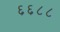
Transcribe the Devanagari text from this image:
६६८८